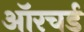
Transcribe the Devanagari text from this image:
ऑरचर्ड